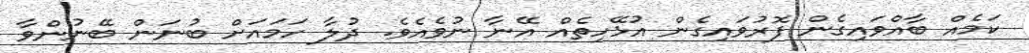
ކަމެއް ބާއްވައިގެން ފޮރުވައިގެން އުޅޭހިތެއް އޭނާ ނުވެއެވެ. ދުލާ ހަމައަށް ބުނަން ބޭނުންވާ